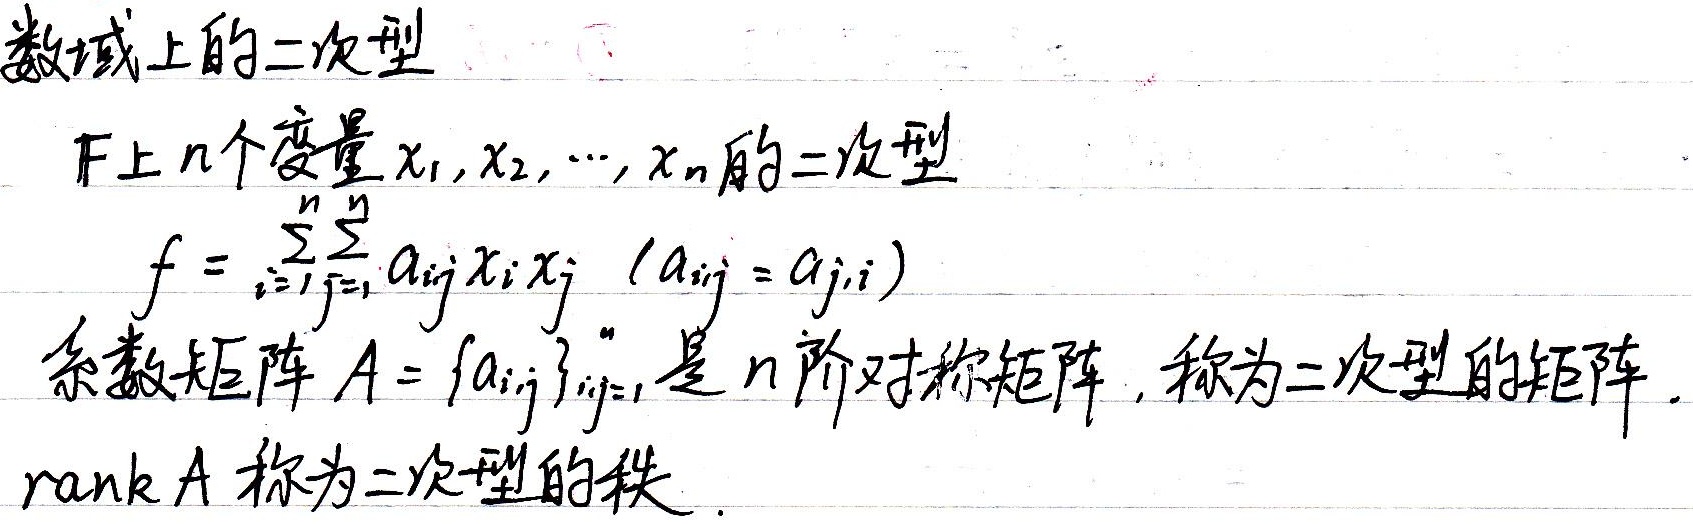
数域上的二次型\(F\)上\(n\)个变量\(x_1, x_2, \cdots, x_n\)的二次型
\[f = \sum_{i = 1}^{n}\sum_{j = 1}^{n} a_{ij}x_ix_j\quad (a_{ij} = a_{ji})\]
系数矩阵\(A = (a_{ij})_{i,j = 1}^{n}\)是\(n\)阶对称矩阵，称为二次型的矩阵。\(\text{rank }A\)称为二次型的秩。